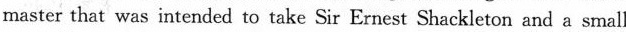
master that was intended to take Sir Ernest Shackleton and a small